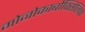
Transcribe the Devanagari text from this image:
मोनोकार्बोक्सिलिक